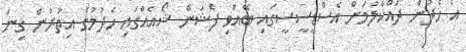
އެ ހެދުން ދައްކާލުމަށް އެސްޑީސީސީގައި ބޭއްވި ފެޝަން ޝޯއެއްގައި ހެދުމުގެ އިތުރުން ގިނަ